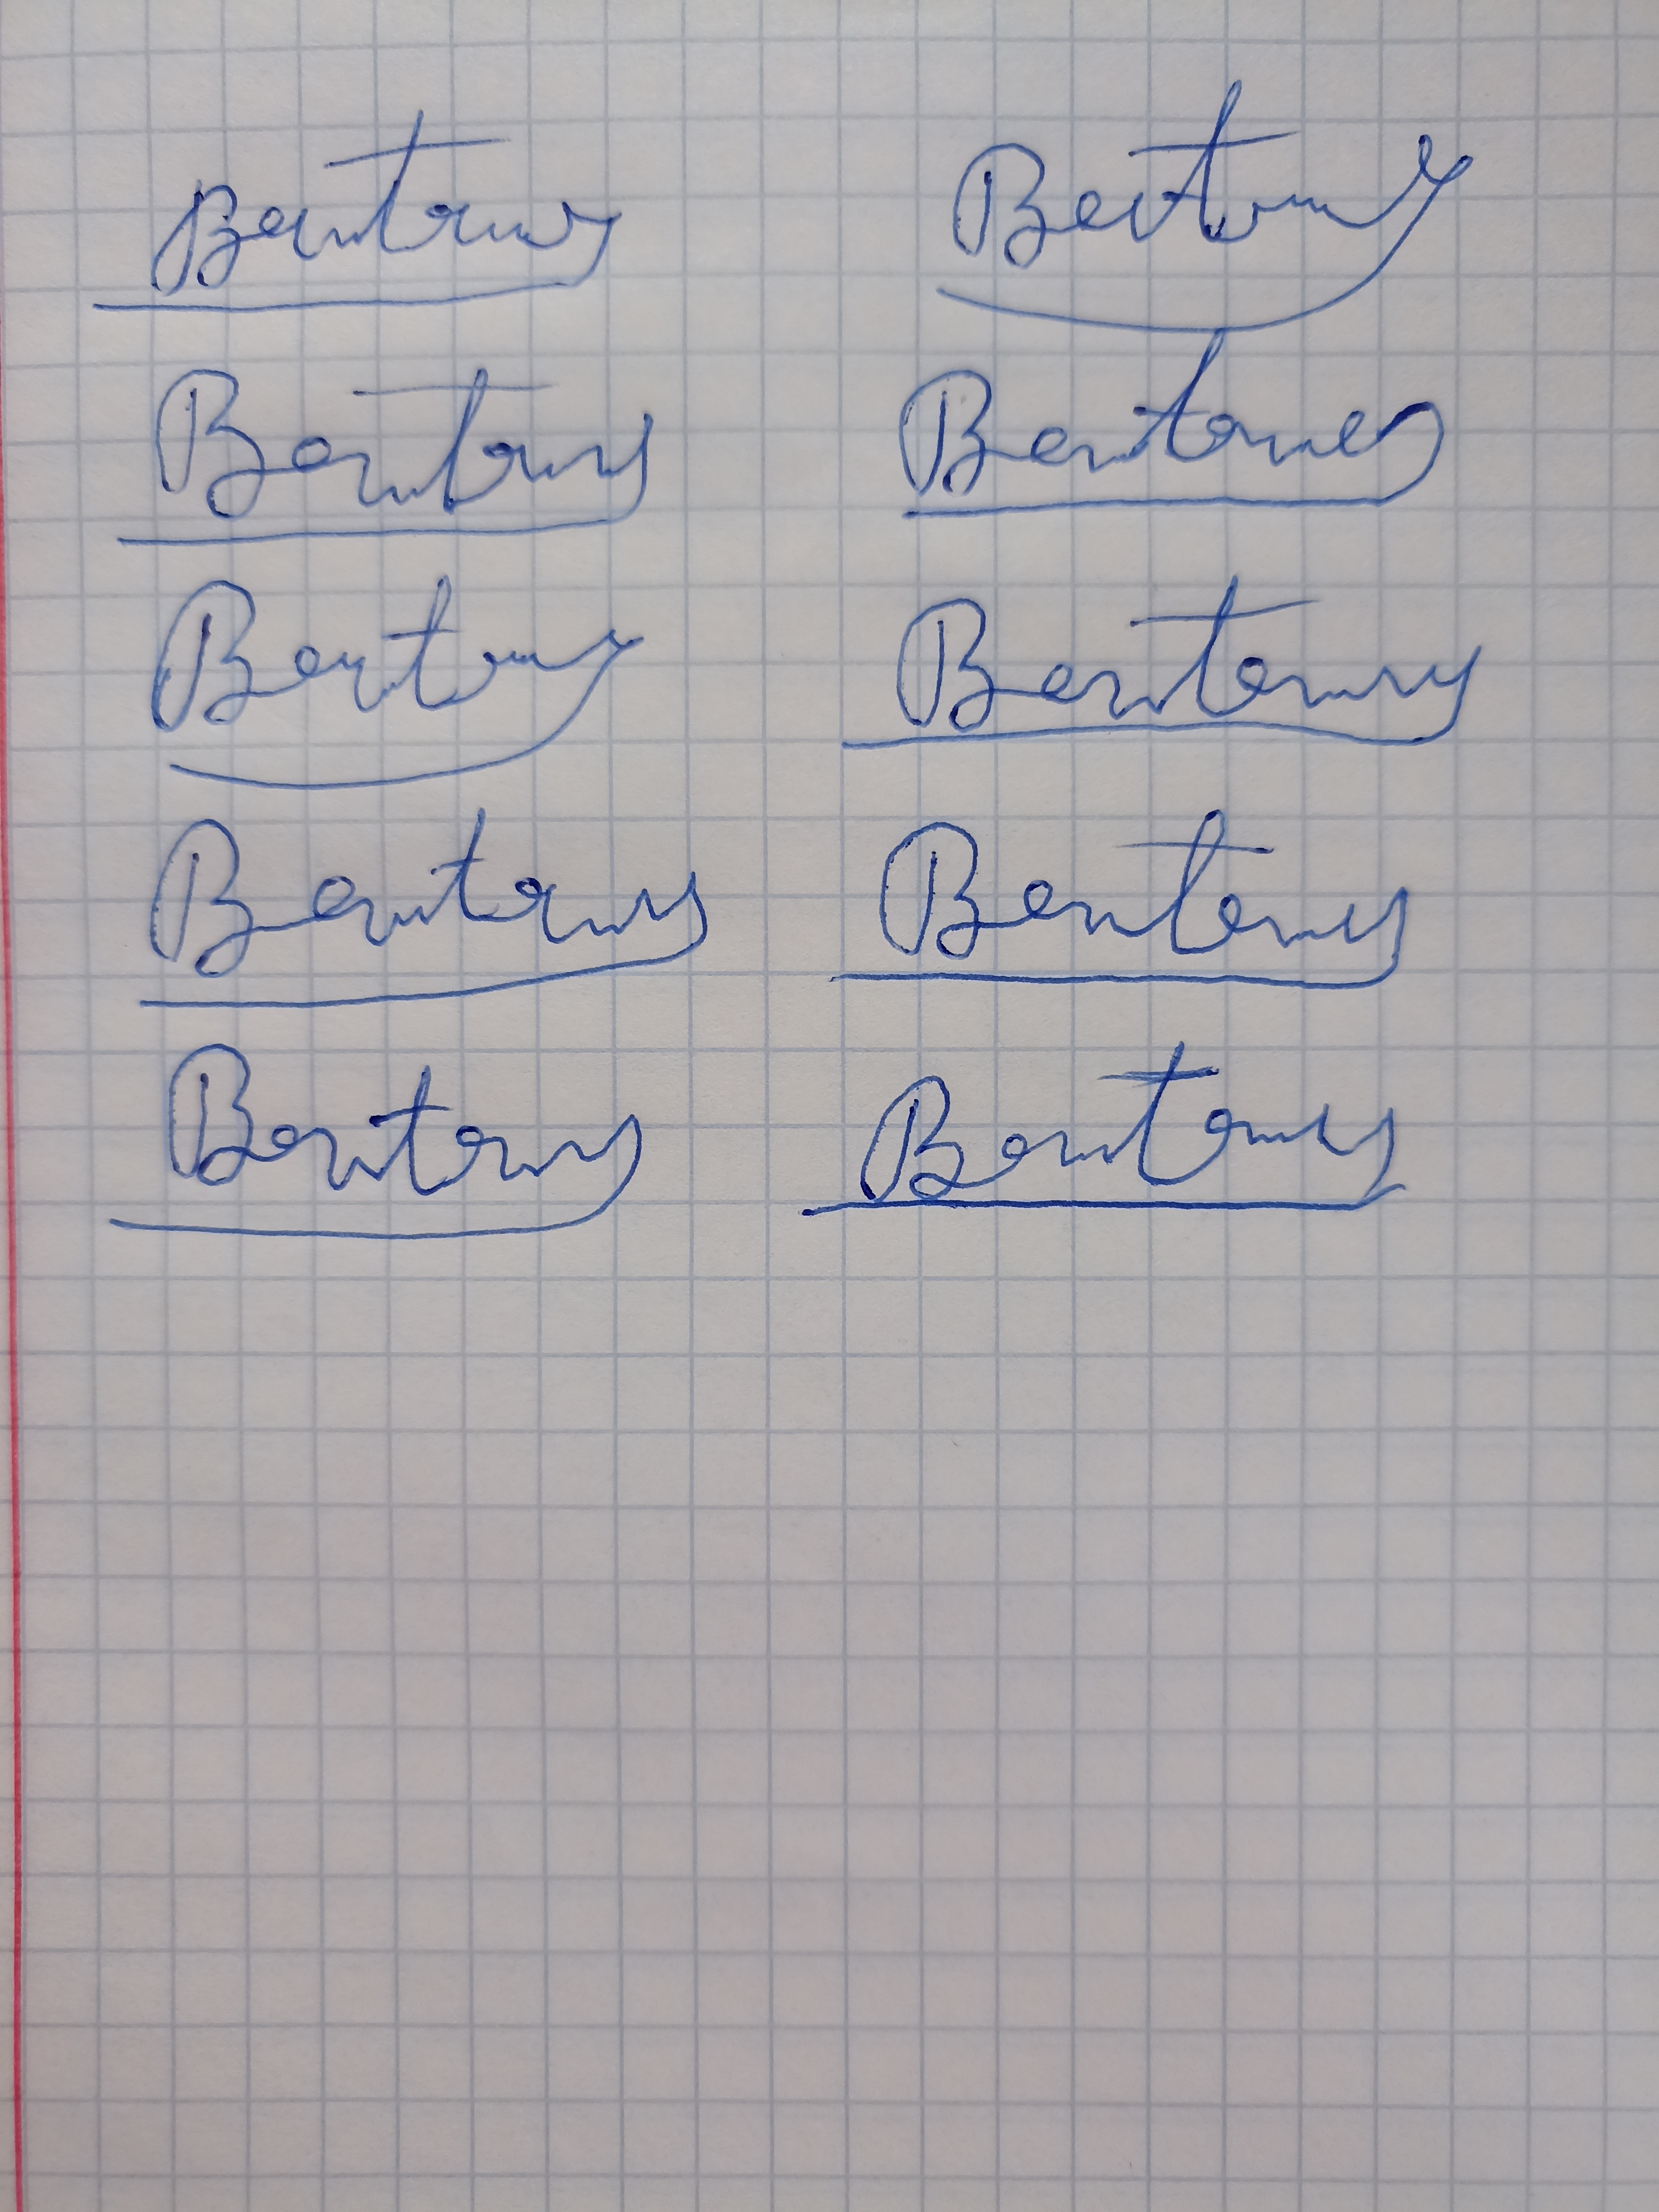
Signature authenticity: forged